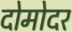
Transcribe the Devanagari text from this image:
दोमोदर